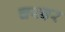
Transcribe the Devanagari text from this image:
चरबर